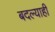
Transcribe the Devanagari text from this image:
बदल्याही